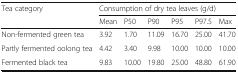
<table><thead><tr><td rowspan="2"><b>Tea category</b></td><td colspan="6"><b>Consumption of dry tea leaves (g/d)</b></td></tr><tr><td><b>Mean</b></td><td><b>P50</b></td><td><b>P90</b></td><td><b>P95</b></td><td><b>P97.5</b></td><td><b>Max</b></td></tr></thead><tbody><tr><td>Non-fermented green tea</td><td>3.92</td><td>1.70</td><td>11.09</td><td>16.70</td><td>25.00</td><td>41.70</td></tr><tr><td>Partly fermented oolong tea</td><td>4.42</td><td>3.40</td><td>9.98</td><td>10.00</td><td>10.00</td><td>10.00</td></tr><tr><td>Fermented black tea</td><td>9.83</td><td>10.00</td><td>19.80</td><td>25.00</td><td>48.80</td><td>61.90</td></tr></tbody></table>